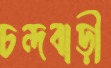
চন্দবাড়ী